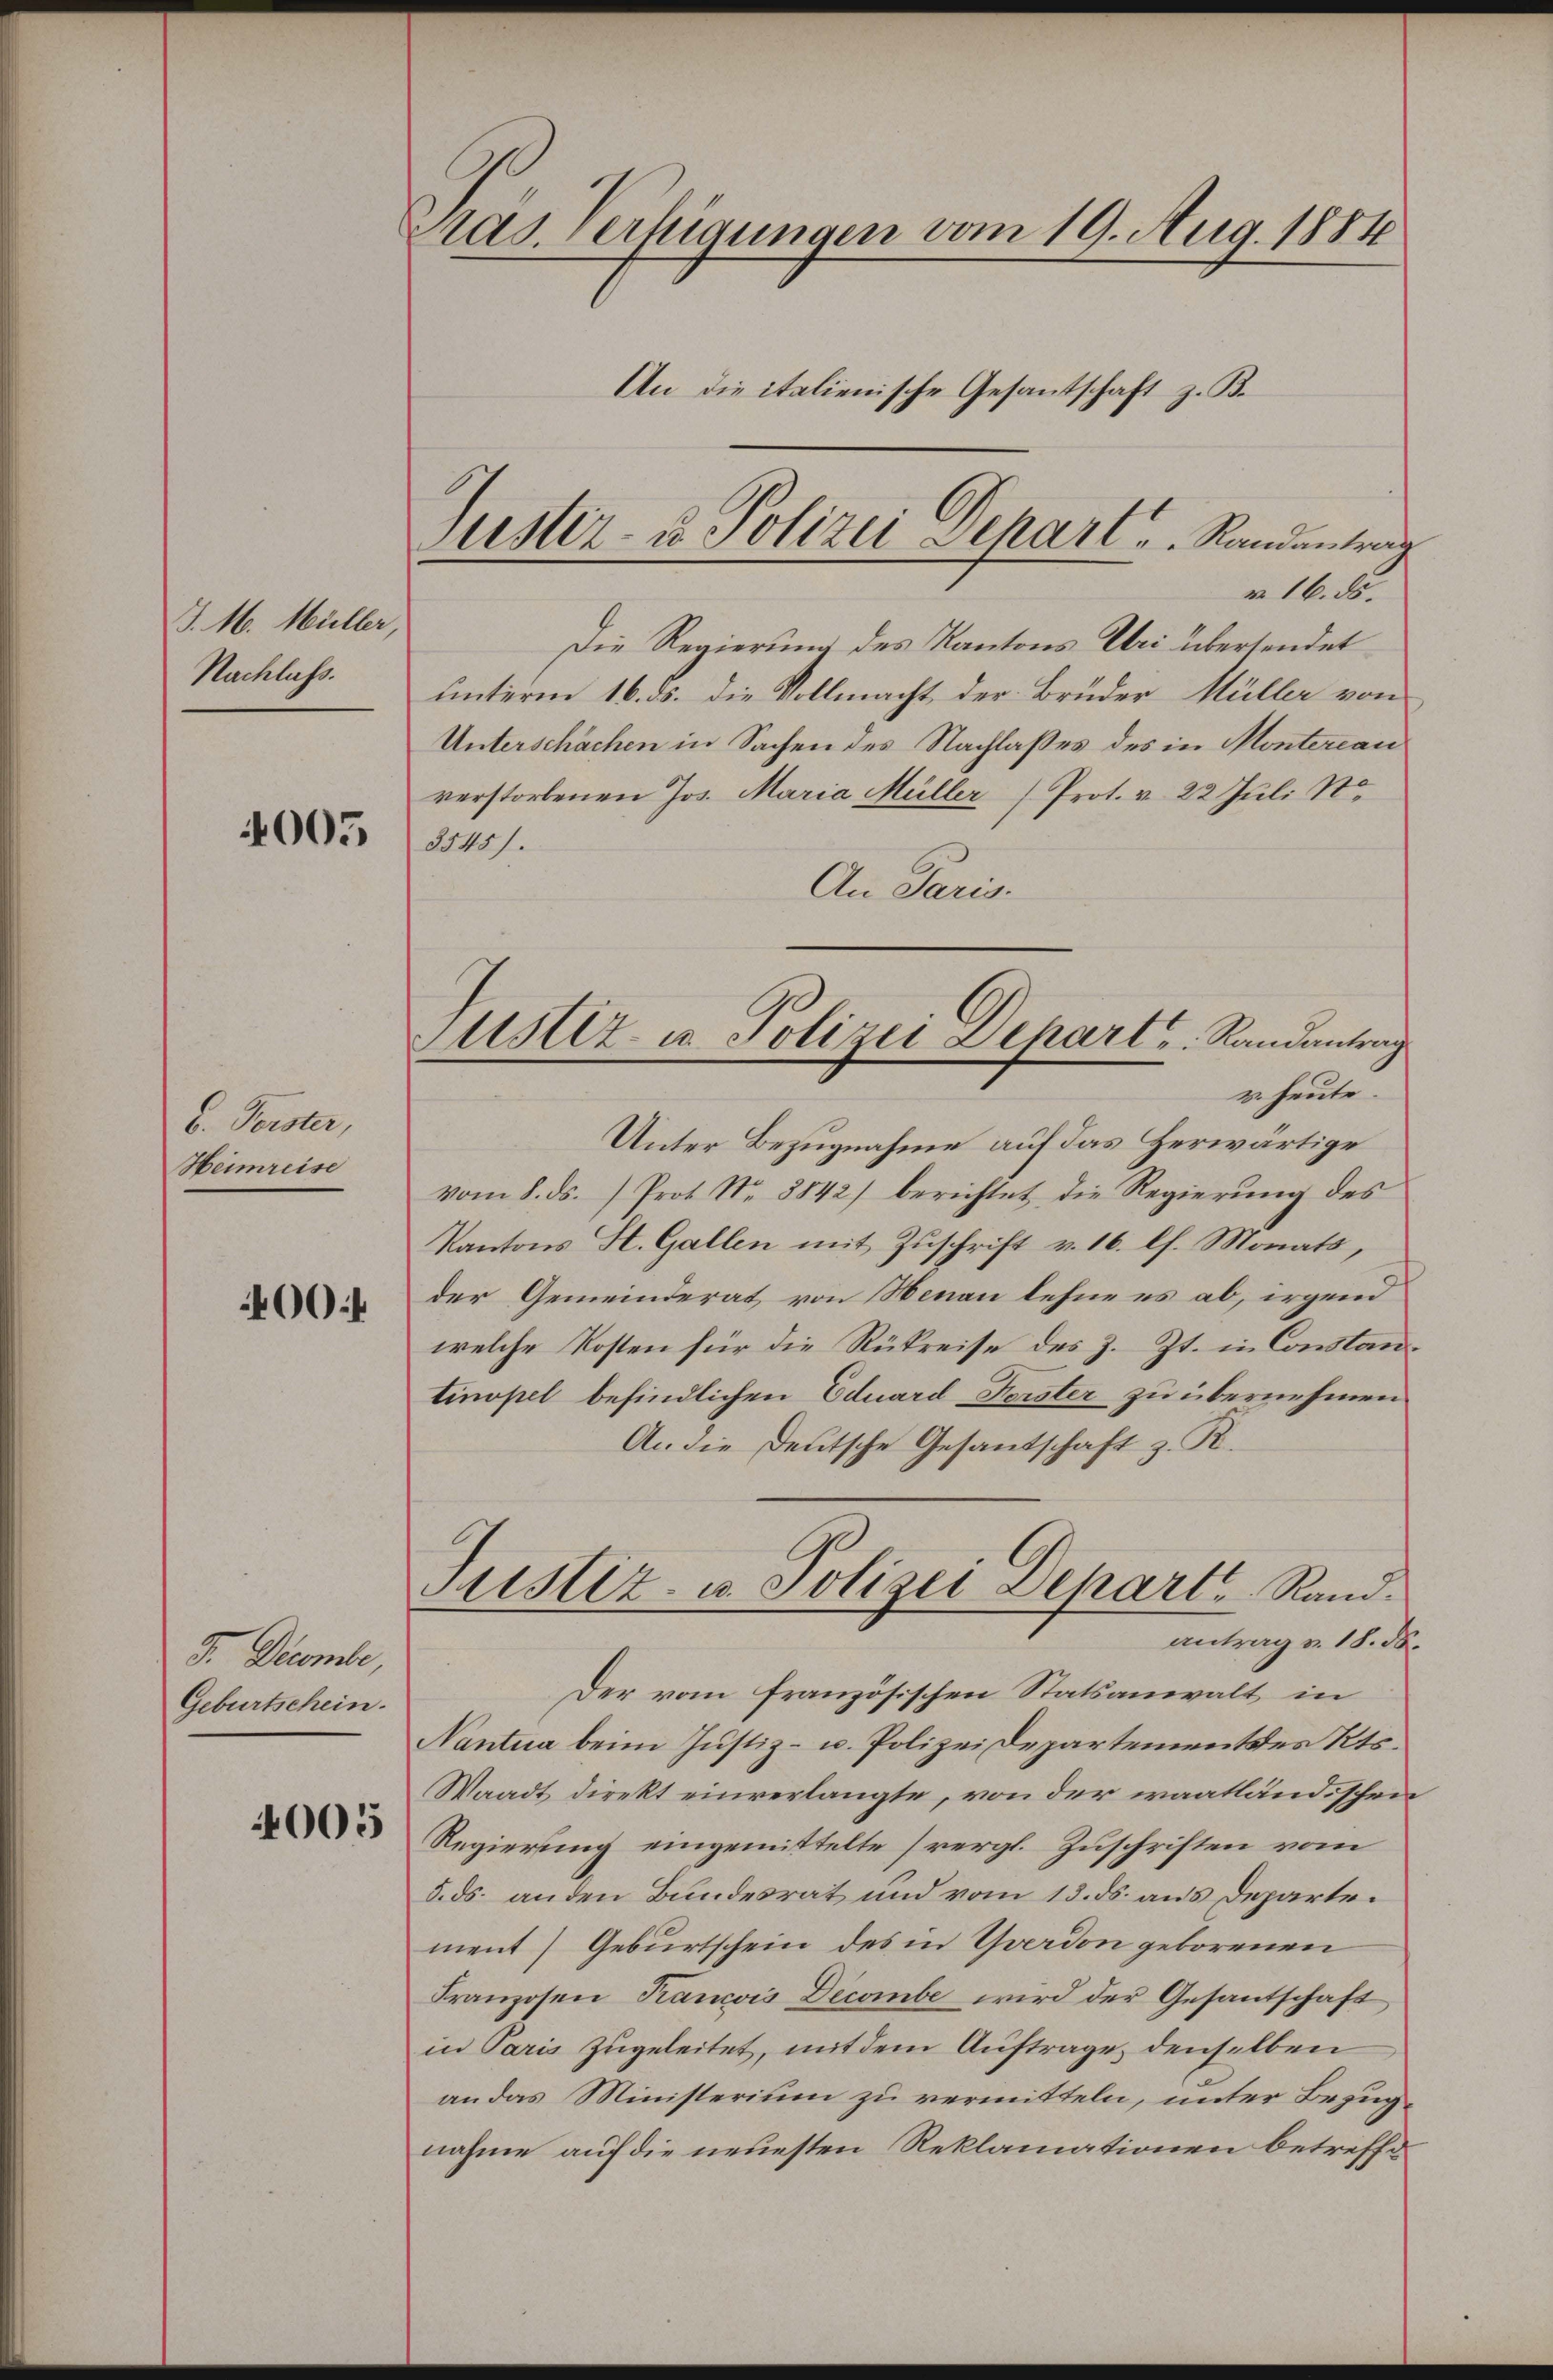
J. M. Müller,
Nachlass.

4005

6. Ferster,
Heimreise

400 f

F. Decombe,
Geburtschein.

4005

Mad. Verfügungen vom 19. Aug. 1884
An die italienische Gesantschaft z. B.

suster- u Polizei Depart ..  Randantrag

Justiz- u. Polizei Depart u. Randantrag
u. heute.

v. 16. ds.
Die Regierung des Kantons Uri übersendet
unterm 16. ds. die Vollmacht der Bruder Müller von
Unterschächen in Sachen des Nachlaßes des in Montereau
verstorbenen Jos. Maria Müller (Prot. v. 22 Juli St
3545).
An Paris.
Unter Bezugnahme auf das herwärtige
vom 8. ds. Prot. Nr. 8842) berichtet die Regierung des
Kantons St. Gallen mit Zuschrift v. 16. lh. Monats,
der Gemeinderat von Nenau lehne es ab, irgend
welche Kosten für die Rükreise des z. Zt. in Constantinopel befindlichen Eduard Forster zu übernehmen
An die Deutsche Gesandschaft z. R.
Fristiz- u. Polizei Depart Randantrag v. 18. ds.
Der vom französischen Statsanwalt in
Nantna beim Justiz- u. Polizeidepartement des Kts.
Waadt direkt einverlangte, von der waatländischen
Regierung eingemittelte (vergl. Zuschriften vom
5. ds. anden Bundesrat und vom 13. ds. aus Departe.
ment) Geburtschein des in Yverdon geborenen
Franzosen Kancois Decombe wird der Gesantschaft
in Paris zugeleitet, mit dem Auftrage denselben
an das Ministerium zu vermitteln, unter Bezug
nahme auf die neuesten Reklamationen betreffe